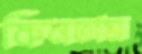
কিনতাম